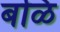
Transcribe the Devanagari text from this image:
बळि